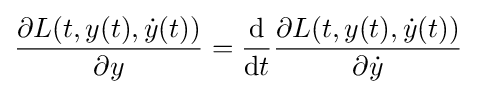
{\partial L(t,y(t),{\dot {y}}(t)) \over \partial y}={\mathrm {d}  \over \mathrm {d} t}{\partial L(t,y(t),{\dot {y}}(t)) \over \partial {\dot {y}}}